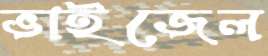
ভাইজেল